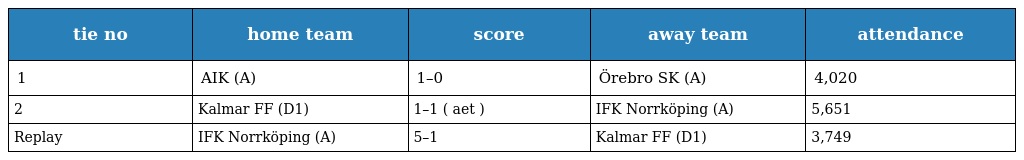
| tie no | home team | score | away team | attendance |
 | --- | --- | --- | --- | --- |
 | 1 | AIK (A) | 1–0 | Örebro SK (A) | 4,020 |
 | 2 | Kalmar FF (D1) | 1–1 ( aet ) | IFK Norrköping (A) | 5,651 |
 | Replay | IFK Norrköping (A) | 5–1 | Kalmar FF (D1) | 3,749 |